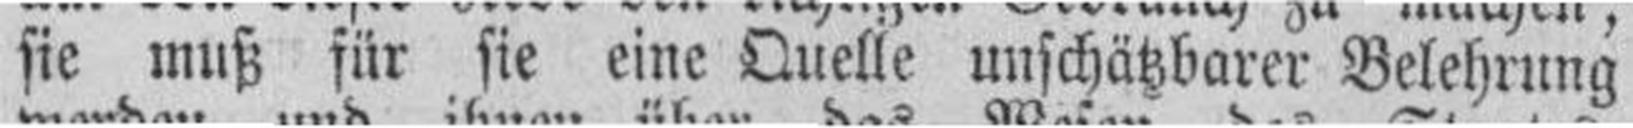
sie muß für sie eine Quelle unschätzbarer Belehrung